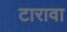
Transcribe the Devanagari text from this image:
टारावा